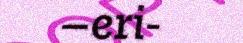
–eri-